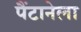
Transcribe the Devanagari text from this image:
पैंटानेला